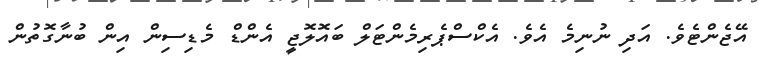
އޭޖެންޓެވެ. އަދި ނުނިމެ އެވެ. އެކްސްޕެރިމެންޓަލް ބައޮލޮޖީ އެންޑް މެޑިސިން އިން ބުނާގޮތުން